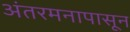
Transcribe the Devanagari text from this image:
अंतरमनापासून